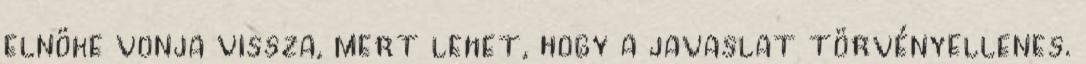
elnöke vonja vissza, mert lehet, hogy a javaslat törvényellenes.